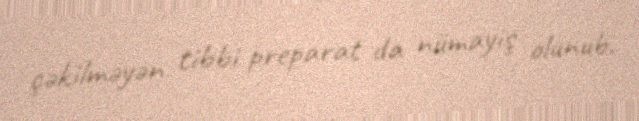
çəkilməyən tibbi preparat da nümayiş olunub.